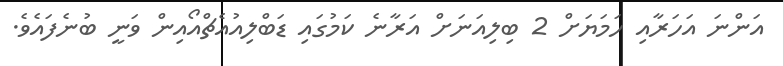
އަންނަ އަހަރާއި ހަމަޔަށް 2 ބިލިއަނަށް އަރާނެ ކަމުގައި ޑަބްލިއުއެޗްއޯއިން ވަނީ ބުނެފައެވެ.